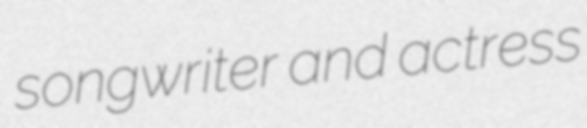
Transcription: songwriter and actress